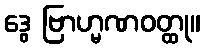
ဒွေ ဗြာဟ္မဏဝတ္ထု။